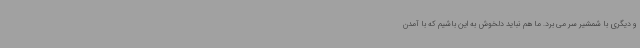
و دیگری با شمشیر سر می برد. ما هم نباید دلخوش به این باشیم که با آمدن